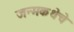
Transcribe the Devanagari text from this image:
जन्मकथेचे